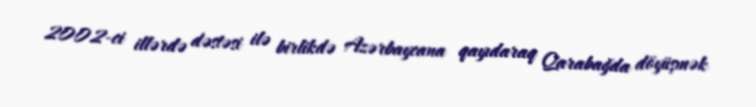
2002-ci illərdə dəstəsi ilə birlikdə Azərbaycana qayıdaraq Qarabağda döyüşmək